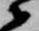
衛